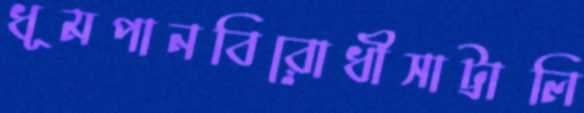
ধূমপানবিরোধীসাট্রালি